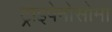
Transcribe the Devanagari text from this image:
ट्राइपेनोसोमा